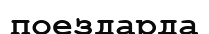
поездарда